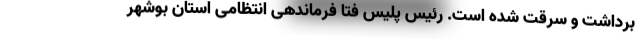
برداشت و سرقت شده است. رئیس پلیس فتا فرماندهی انتظامی استان بوشهر